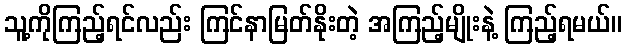
သူ့ကိုကြည့်ရင်လည်း ကြင်နာမြတ်နိုးတဲ့ အကြည့်မျိုးနဲ့ ကြည့်ရမယ်။